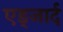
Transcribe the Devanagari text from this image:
एड्जार्द